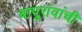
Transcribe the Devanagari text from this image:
बापूरांवांची